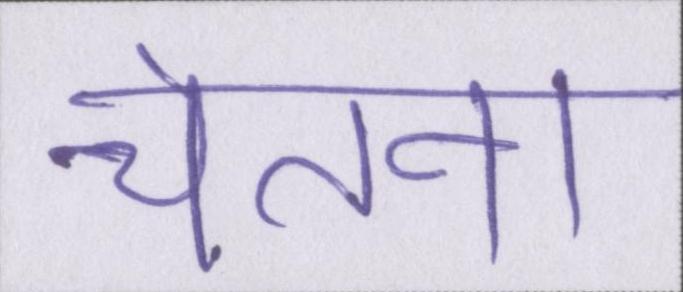
चेतना